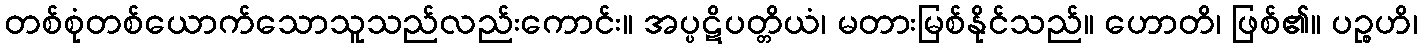
တစ်စုံတစ်ယောက်သောသူသည်လည်းကောင်း။ အပ္ပဋိပတ္တိယံ၊ မတားမြစ်နိုင်သည်။ ဟောတိ၊ ဖြစ်၏။ ပဉ္စဟိ၊